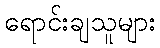
ရောင်းချသူများ